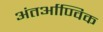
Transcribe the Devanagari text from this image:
अंतर्आण्विक